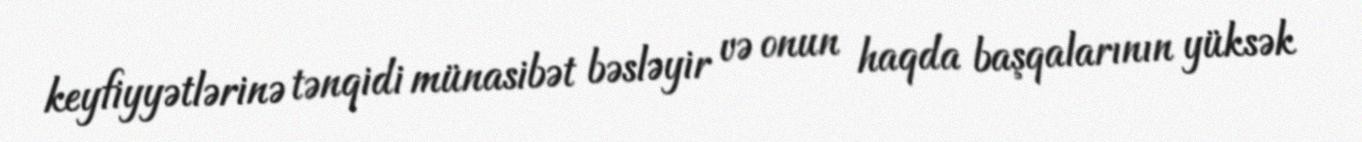
keyfiyyətlərinə tənqidi münasibət bəsləyir və onun haqda başqalarının yüksək